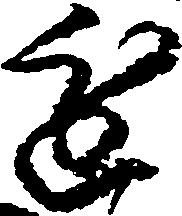
進